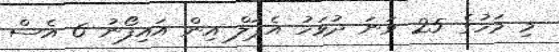
މި މަހުގެ 25 ވަނަ ދުވަހު އެޕަލް އިން އައިފޯނު 6 އެސް